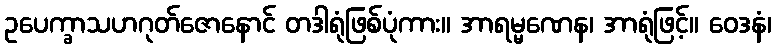
ဥပေက္ခာသဟဂုတ်ဇောနောင် တဒါရုံဖြစ်ပုံကား။ အာရမ္မဏေန၊ အာရုံဖြင့်။ ဝေဒနံ၊